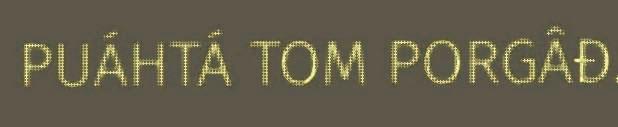
PUÁHTÁ TOM PORGÂĐ.